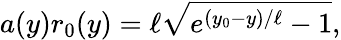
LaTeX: a(y)r_{0}(y)=\ell\sqrt{e^{(y_{0}-y)/\ell}-1},